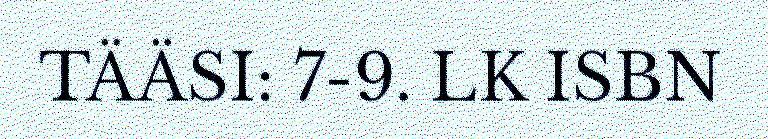
TÄÄSI: 7-9. LK ISBN